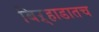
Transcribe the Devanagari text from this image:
बिऱ्हाडातच